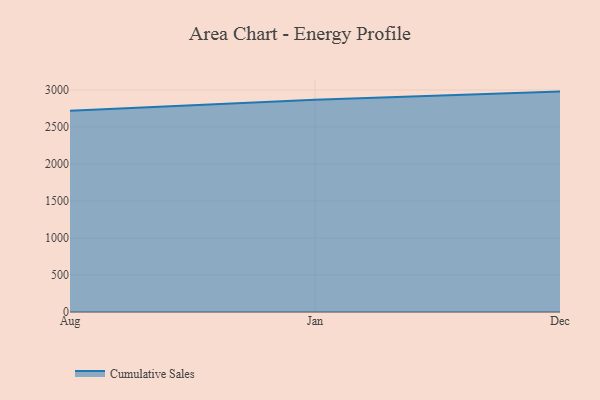
{"axis": {"x": "Month", "y": "Website Visitors"}, "legend": ["Cumulative Sales"], "data": [{"x": "Aug", "y": 2719.8, "type": "Cumulative Sales"}, {"x": "Jan", "y": 2867.5, "type": "Cumulative Sales"}, {"x": "Dec", "y": 2977.3, "type": "Cumulative Sales"}]}